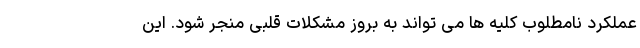
عملکرد نامطلوب کلیه ها می تواند به بروز مشکلات قلبی منجر شود. این